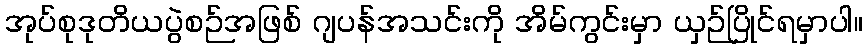
အုပ်စုဒုတိယပွဲစဉ်အဖြစ် ဂျပန်အသင်းကို အိမ်ကွင်းမှာ ယှဉ်ပြိုင်ရမှာပါ။